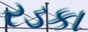
રડકા